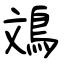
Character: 鳼